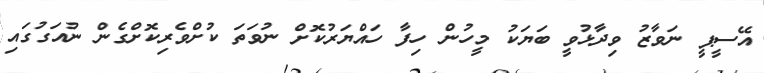
އޭސީޕީ ނަވާޒު ވިދާޅުވީ ބަޔަކު މީހުން ހިފާ ހައްޔަރުކޮށް ނުވަތަ ކުށްވެރިކޮށްގެން ނުއަގުގައި